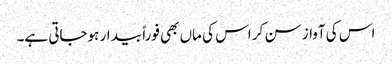
اس کی آواز سن کر اس کی ماں بھی فوراً بیدار ہوجاتی ہے۔